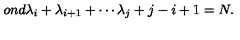
o n d } \lambda _ { i } + \lambda _ { i + 1 } + \cdots \lambda _ { j } + j - i + 1 = N .